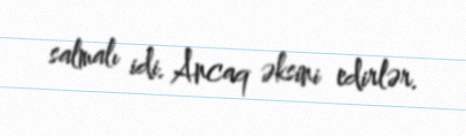
salmalı idi. Ancaq əksini edirlər.